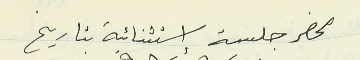
محضر جلسة استثنائية بتاريخ